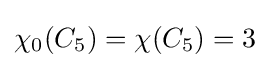
\chi _{0}(C_{5})=\chi (C_{5})=3